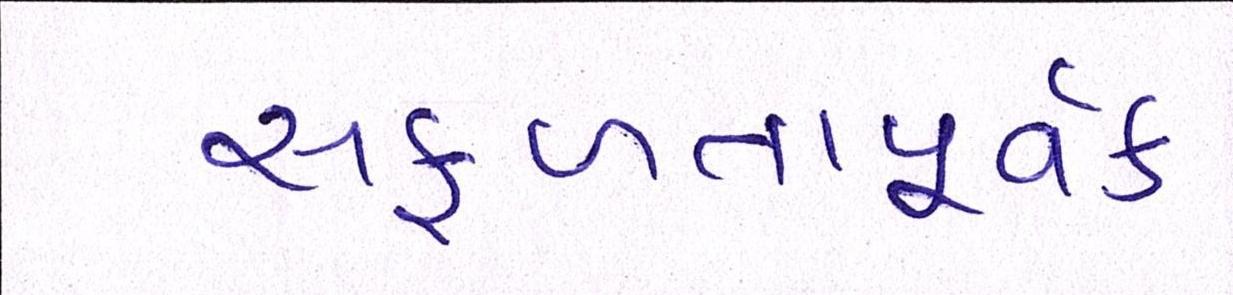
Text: સફળતાપૂર્વક